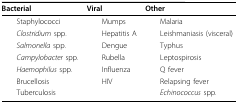
<table><thead><tr><td><b>Bacterial</b></td><td><b>Viral</b></td><td><b>Other</b></td></tr></thead><tbody><tr><td> Staphylococci</td><td> Mumps</td><td> Malaria</td></tr><tr><td> <i>Clostridium </i>spp.</td><td> Hepatitis A</td><td> Leishmaniasis (visceral)</td></tr><tr><td> <i>Salmonella </i>spp.</td><td> Dengue</td><td> Typhus</td></tr><tr><td> <i>Campylobacter </i>spp.</td><td> Rubella</td><td> Leptospirosis</td></tr><tr><td> <i>Haemophilus </i>spp.</td><td> Influenza</td><td> Q fever</td></tr><tr><td> Brucellosis</td><td> HIV</td><td> Relapsing fever</td></tr><tr><td> Tuberculosis</td><td></td><td> <i>Echinococcus </i>spp.</td></tr></tbody></table>